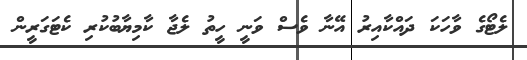
ލެޓޯގެ ވާހަކަ ދައްކާއިރު އޭނާ ވެސް ވަނީ ހީތު ލެޖާ ކާމިޔާބުކުރި ކެޓަގަރީން